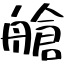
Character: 艙